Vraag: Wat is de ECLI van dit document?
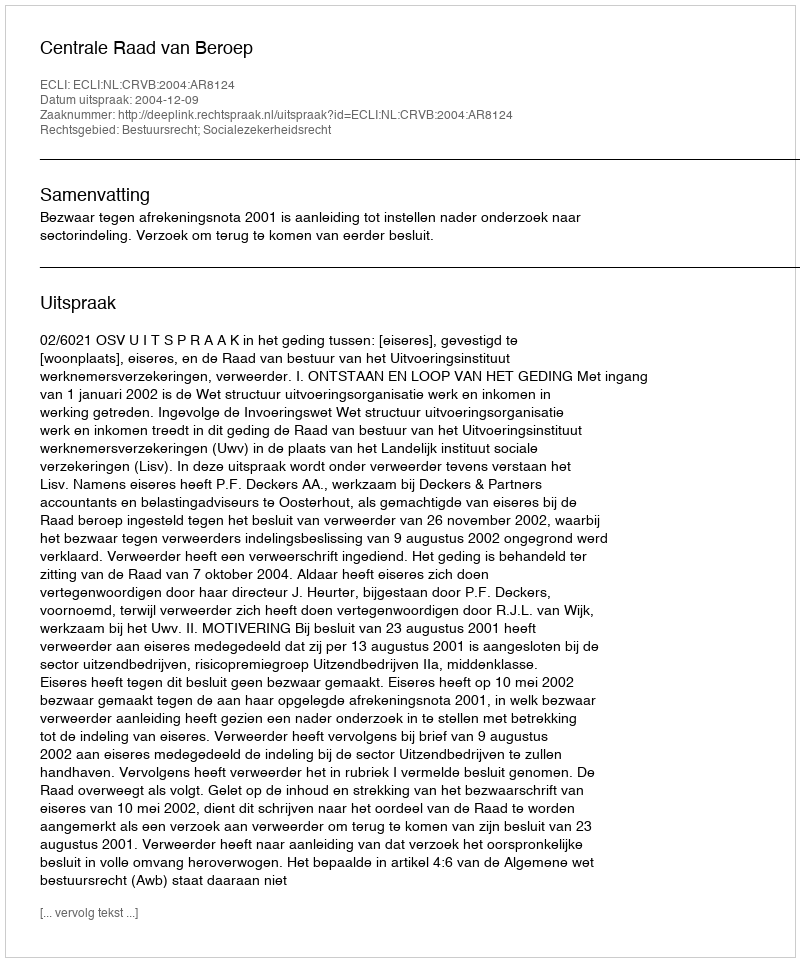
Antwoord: ECLI:NL:CRVB:2004:AR8124